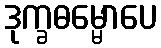
ဒုက္ခဓမ္မောပေ